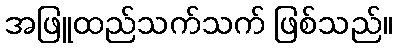
အဖြူထည်သက်သက် ဖြစ်သည်။